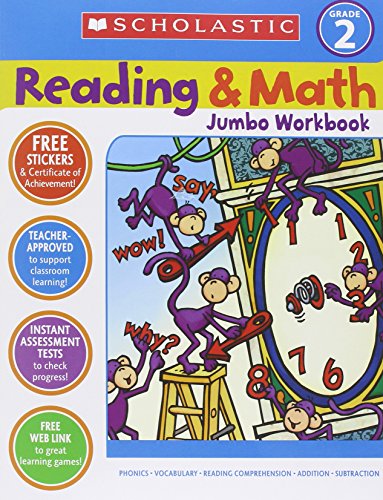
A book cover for Reading & Math Jumbo Workbook: Grade 2; Scholastic Teaching Resources; Literature & Fiction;